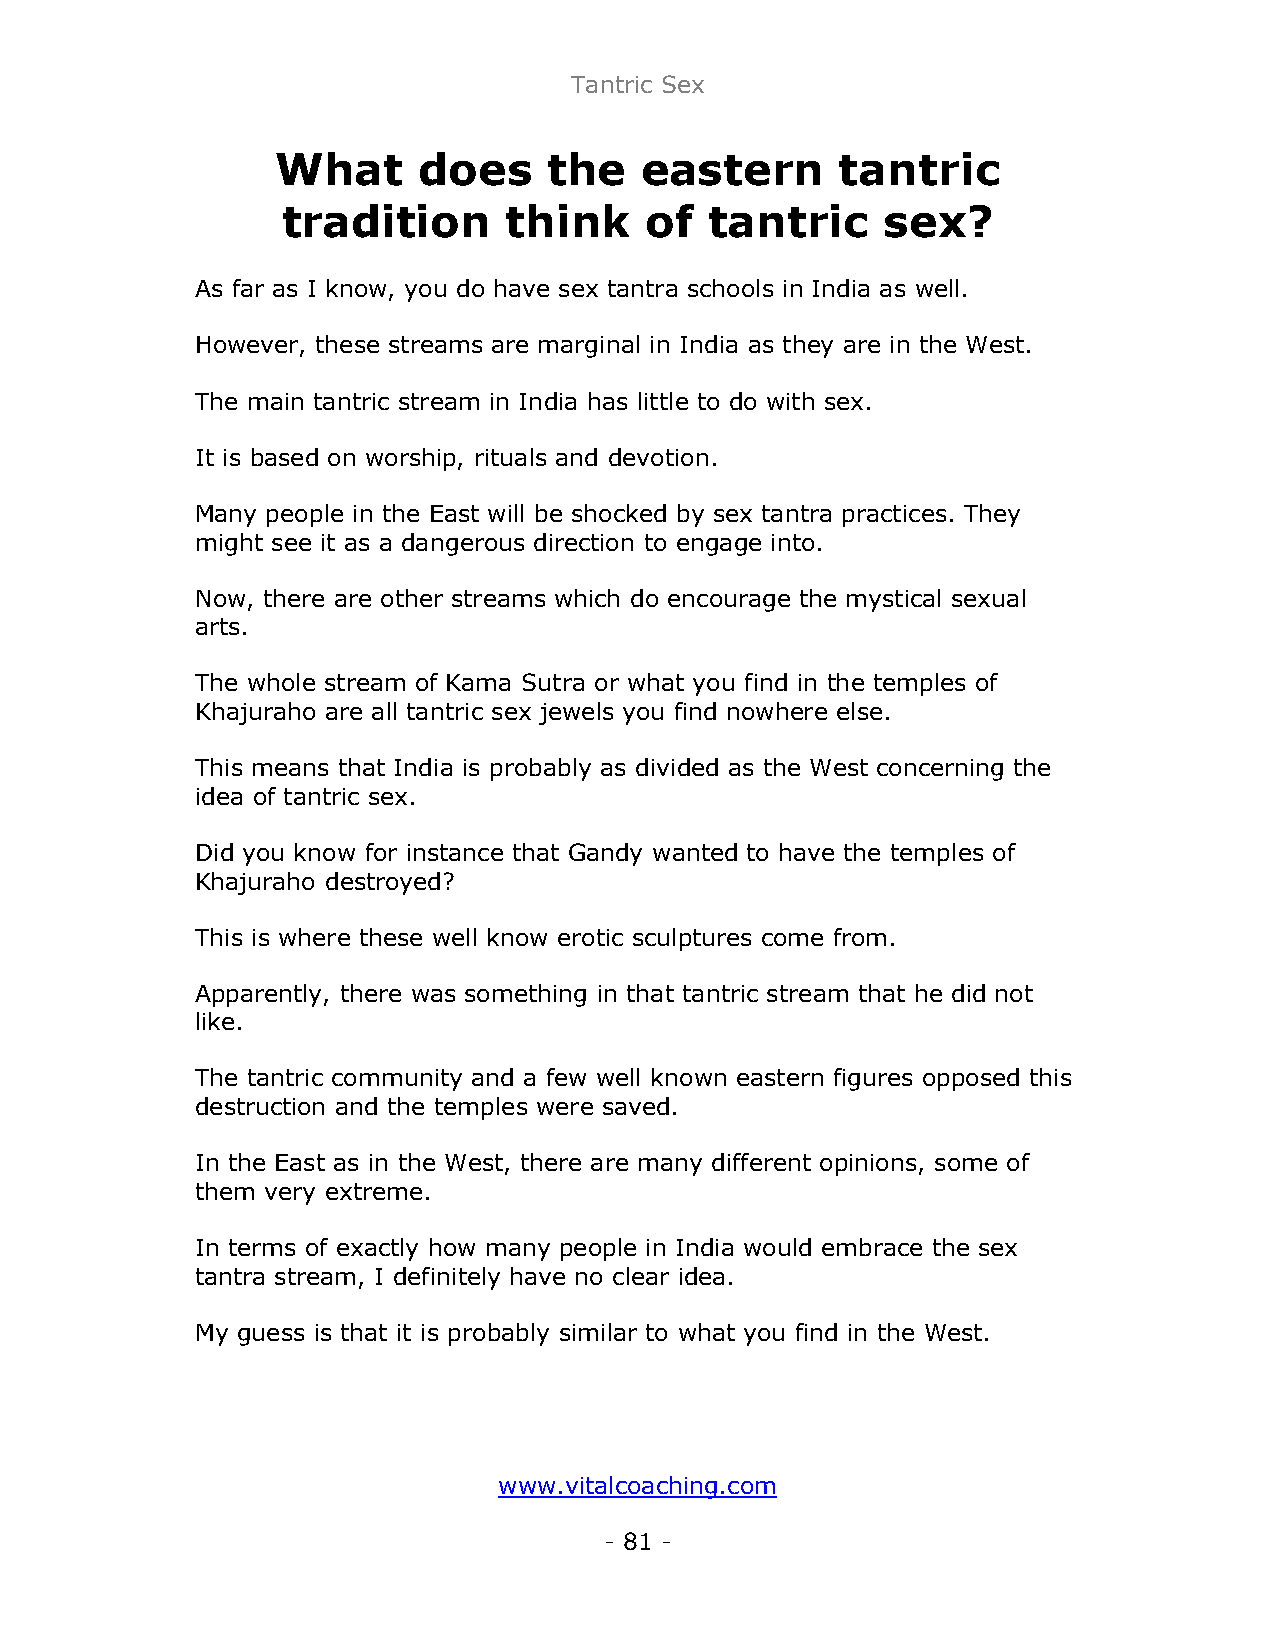
Tantric Sex
 What      does    the   eastern       tantric
 tradition      think    of  tantric     sex?
 As far as I know, you do have sex tantra schools in India as well.
 However, these streams are marginal in India as they are in the West.
 The main tantric stream in India has little to do with sex.
 It is based on worship, rituals and devotion.
 Many people in the East will be shocked by sex tantra practices. They
 might see it as a dangerous direction to engage into.
 Now, there are other streams which do encourage the mystical sexual
 arts.
 The whole stream of Kama Sutra or what you find in the temples of
 Khajuraho are all tantric sex jewels you find nowhere else.
 This means that India is probably as divided as the West concerning the
 idea of tantric sex.
 Did you know for instance that Gandy wanted to have the temples of
 Khajuraho destroyed?
 This is where these well know erotic sculptures come from.
 Apparently, there was something in that tantric stream that he did not
 like.
 The tantric community and a few well known eastern figures opposed this
 destruction and the temples were saved.
 In the East as in the West, there are many different opinions, some of
 them very extreme.
 In terms of exactly how many people in India would embrace the sex
 tantra stream, I definitely have no clear idea.
 My guess is that it is probably similar to what you find in the West.
 www.vitalcoaching.com
 - 81 -